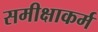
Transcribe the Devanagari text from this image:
समीक्षाकर्म